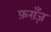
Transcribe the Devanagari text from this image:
फ़राँज़